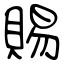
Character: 賜